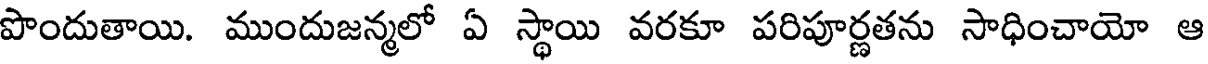
పొందుతాయి. ముందుజన్మలో ఏ స్థాయి వరకూ పరిపూర్ణతను సాధించాయో ఆ